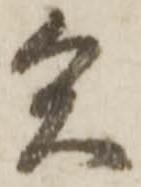
矢